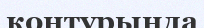
контурында